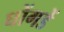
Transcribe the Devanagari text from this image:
घोंगडें